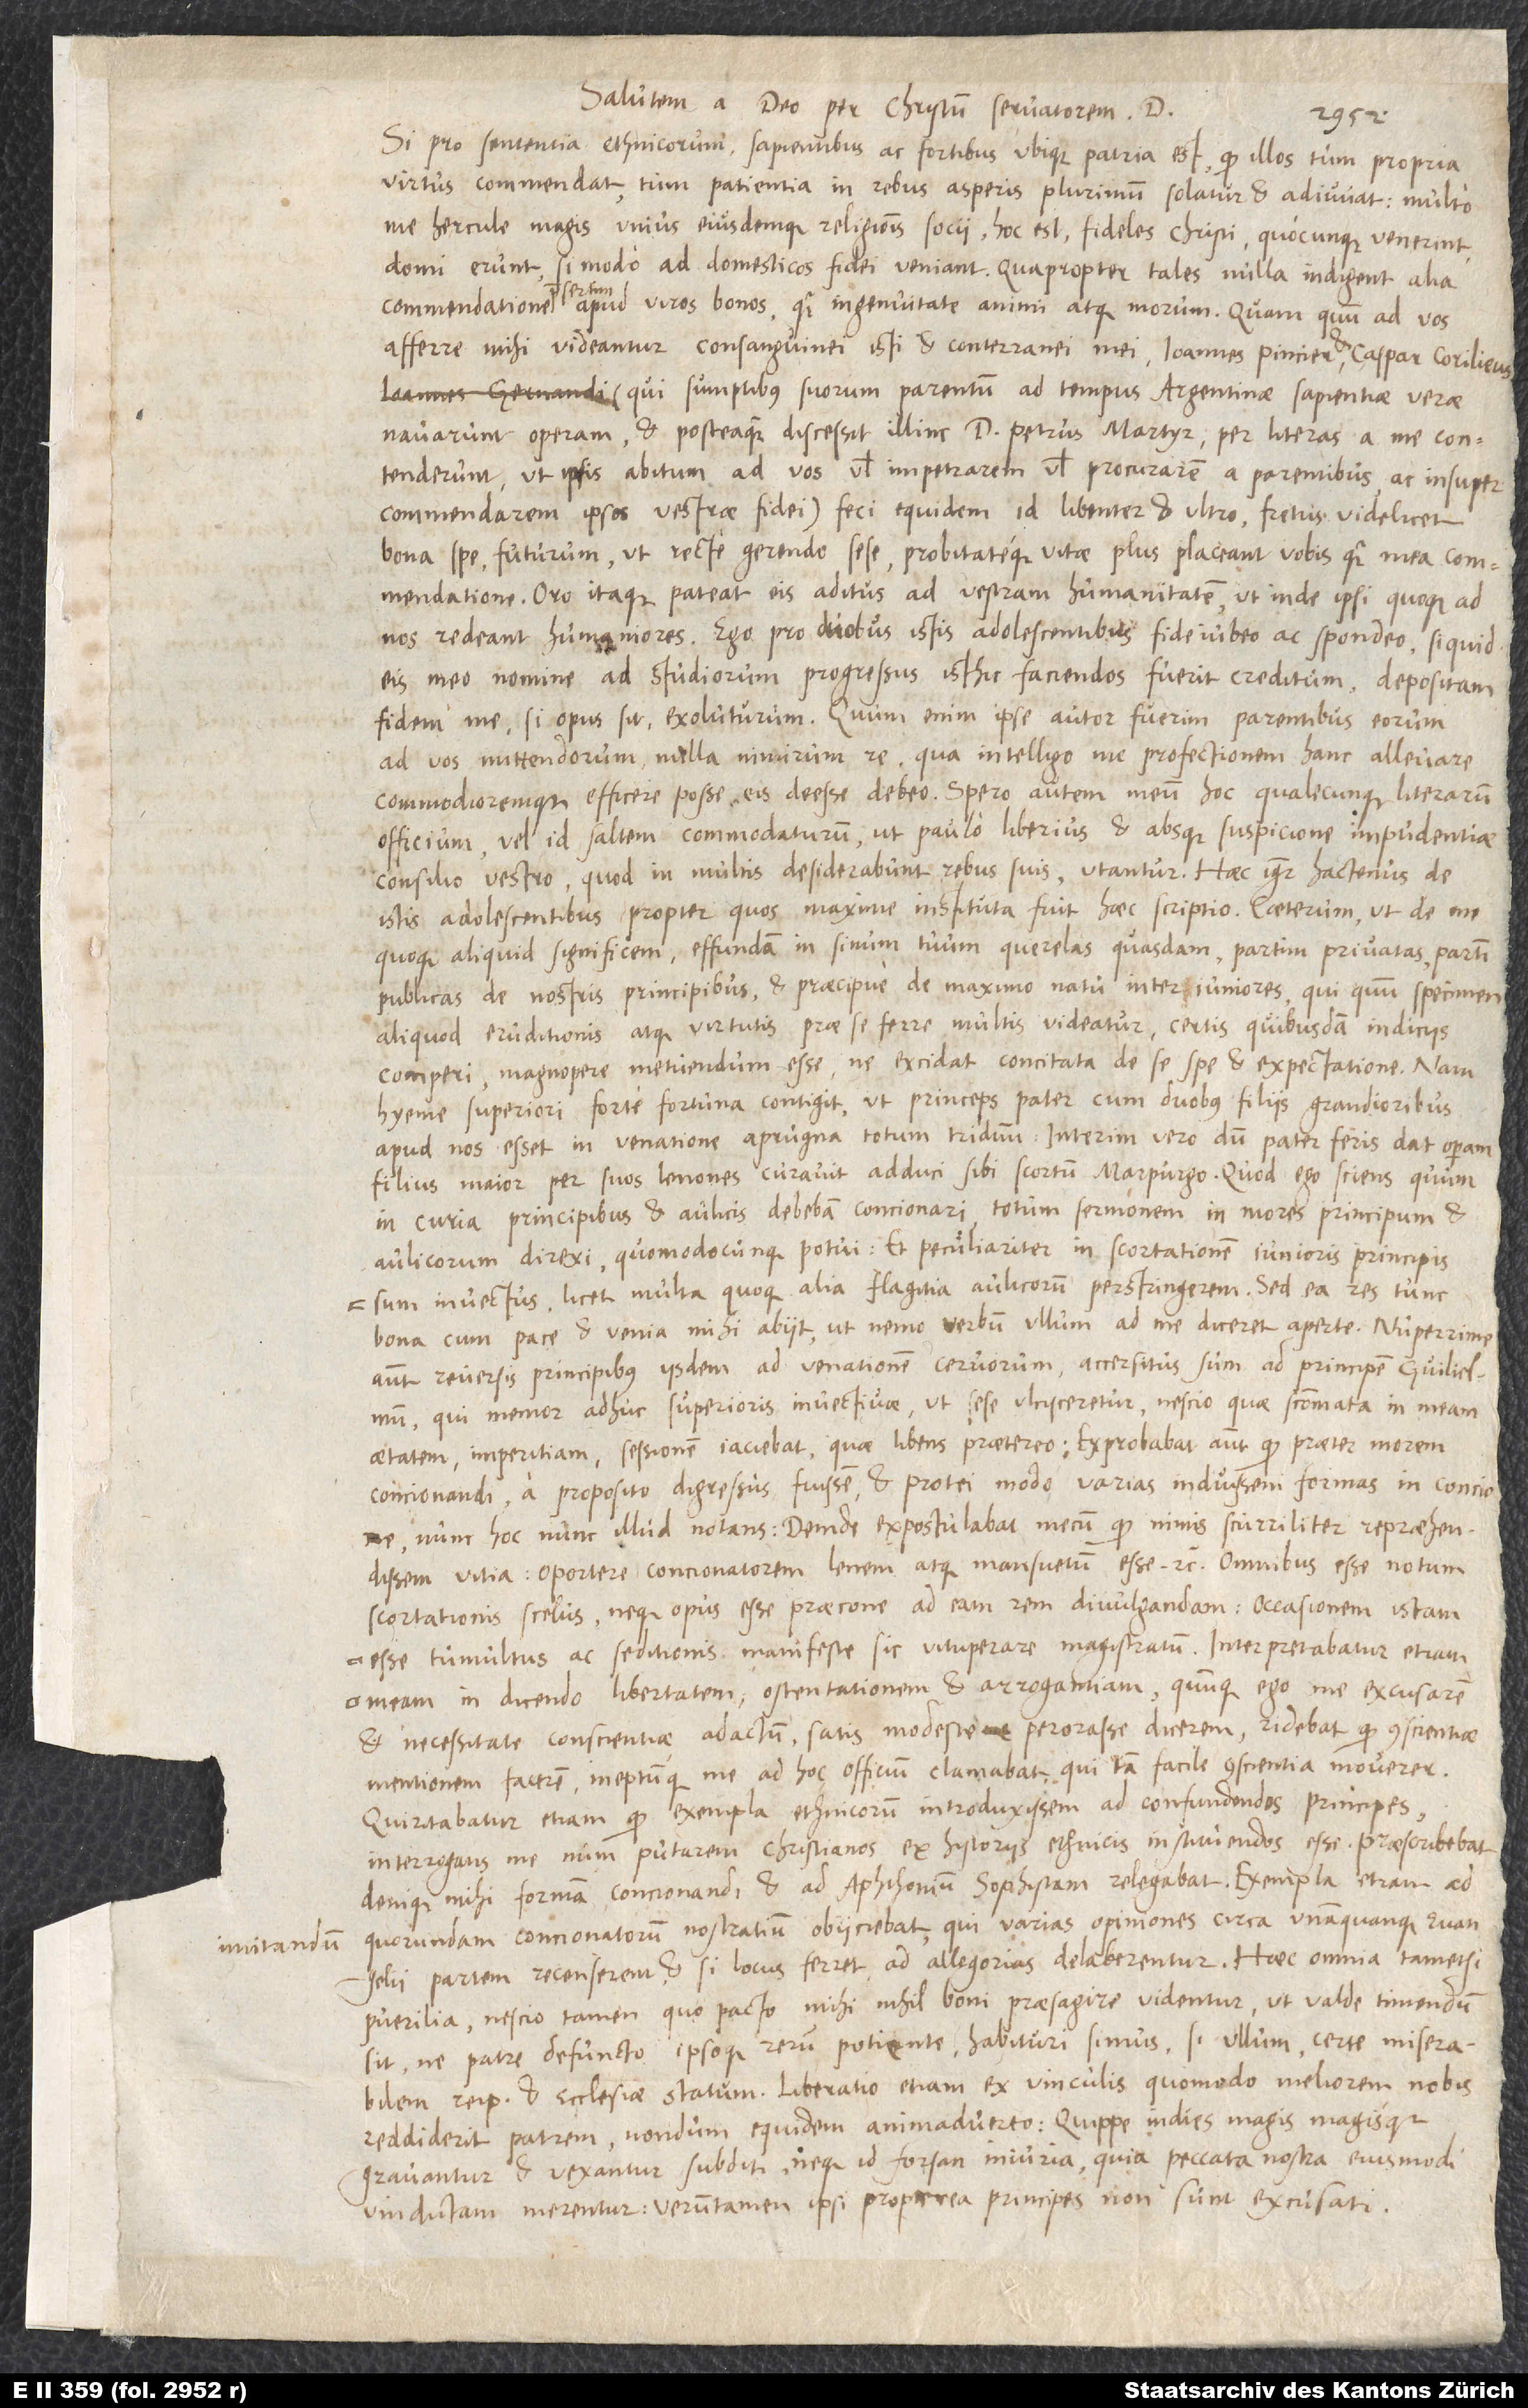
imitandum

Salutem a deo per Christum servatorem D.
Si pro sententia ethnicorum sapientibus ac fortibus ubique patria est, quod illos tum propria
virtus commendat tum patientia in rebus asperis plurimum solatur et adiuvat, multo
me hercule magis unius eiusdemque religionis socii, hoc est fideles Christi, quocunque venerint,
domi erunt, si modo ad domesticos fidei veniant. Quapropter tales nulla indigent alia
commendatione praesertim apud viros bonos, quam ingenuitate animi atque morum. Quam quuam ad vos
afferre mihi videantur consanguinei isti et conterranei mei Ioannes Pincier et Caspar Corilius
Hernandi), qui sumptibus suorum parentum ad tempus Argentinae sapientiae verae
navarunt operam et, posteaquam discessit illinc d. Petrus Martyr, per literas a me contenderunt,
ut ipsis abitum ad vos vel impetrarem vel procurarem a parentibus ac insuper
commendarem ipsos vestrae fidei. Feci equidem id libenter et ultro, fretus videlicet
bona spe futurum, ut recte gerendo sese probitateque vitae plus placeant vobis quam mea commendatione.
Oro itaque, pateat eis aditus ad vestram humanitatem, ut inde ipsi quoque ad
nos redeant humaniores. Ego pro duobus istis adolescentibus fide iubeo ac spondeo, si quid
eis meo nomine ad studiorum progressus isthic faciendos fuerit creditum, depositam
fidem me, si opus sit, exoluturum. Quum enim ipse autor fuerim parentibus eorum
ad vos mittendorum, nulla nimirum re, qua intelligo me profectionem hanc allevare
commodioremque efficere posse, eis deesse debeo. Spero autem meum hoc qualecunque literarum
officium vel id saltem commodaturum, ut paulo liberius et absque suspicione impudentiae
istis adolescentibus, propter quos maxima instituta fuit haec scriptio. Caeterum, ut de me
quoque aliquid significem, effundam in sinum tuum querelas quasdam, partim privatas partim
publicas de nostris principibus et praecipue de maximo natu inter iuniores, qui quum specimen
aliquod eruditionis atque virtutis prae se ferre multis videatur, certis quibusdam indiciis
comperi, magnopere metuendum esse, ne excidat concitata de se spe et expectatione. Nam
hyeme superiore forte fortuna contigit, ut princeps pater cum duobus filiis grandioribus
apud nos esset in venatione aprugna totum triduum. Interim vero, dum pater feris dat operam,
filius maior per suos lenones curavit sibi adduci scortum Marpurgo. Quod ego sciens, quum
in curia principibus et aulicis debebam concionari, totum sermonem in mores principum et
aulicorum direxi, quomodocunque potui, et peculiariter in scortationem iunioris principis
sum invectus, licet multa quoque alia flagitia aulicorum perstringerem. Sed ea res tunc
bona cum pace et venia mihi abiit, ut nemo verbum ullum ad me diceret aperte. Nuperrime
autem reversis principibus iisdem ad venationem cervorum accersitus sum ad principem Guilielmum,
qui memor adhuc superioris invectivae, ut sese ulcisceretur, nescio quae scommata in meam
aetatem, imperitiam, sessionem iaciebat, quae libens praeterea. Exprobabat autem, quod praeter morem
concionandi a proposito digressus fuissem in Protei more varias induissem formas in concione,
nunc hoc nunc illud notans. Deinde expostulabat mecum, quod nimis scurriliter reprehendissem
vitia; oportere concionatorem lenem atque mansuetum esse etc. Omnibus esse notum
scortationis scelus neque opus esse praecone ad eam rem divulgandam. Occasionem istam
tumultus et seditionis manifeste sic vituperare magistratum. Interpretabatur etiam
meam in dicendo libertatem ostentationem et arrogantiam, quumque ego me excusarem
et necessitate conscientiae adactum satis modeste perorasse dicerem, ridebat, quod conscientiae
facerem ineptumque me ad hoc officium clamabat, qui tam facile conscientia moverer.
Quiritabatur etiam, quod exempla ethnicorum introduxissem ad confundendos principes
denique mihi formam concionandi et ad Aphthonium sophistam rele... Exempla etiam ad
quorundam concionatorum nostratium obiiciebat, qui varias opiniones circa unamquamque evangelii
partem recenserent et, si locus ferret, ad allegorias delaberentur. Haec omnia tametsi
puerilia nescio tamen quo pacto mihi nihil bone praesagire videntur, ut valde timendum
sit, ne patre defuncto ipsoque rerum potiente habituri simus, si ullum, verte miserabilem
reipublicae et ecclesiae statum. Liberation etiam ex vinculis quomodo meliorem nobis
reddiderit patrem, nondum equidem animadverto, quippe in dies magis magisque
gravantur et vexantur subditi, neque id forsan iniuria, quia peccata nostra eiusmodi
vindictam merentur. Verum tamen ipsi propterea principes non sunt excusati.